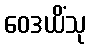
ဝေဒယိံသု